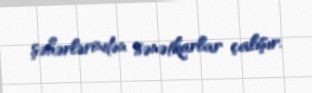
şəhərlərindən sənətkarlar çalışır.